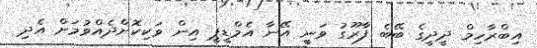
އިބްރާހިމް ދީދީގެ ބޭބެ ފާރޫގު ވަނީ އޭނާ އެމްޑީޕީ އިން ވަކިކޮށްދެއްވުމަށް އެދި